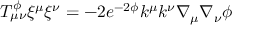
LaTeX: T _ { \mu \nu } ^ { \phi } { \xi } ^ { \mu } { \xi } ^ { \nu } = - 2 e ^ { - 2 \phi } k ^ { \mu } k ^ { \nu } \nabla _ { \mu } \nabla _ { \nu } \phi